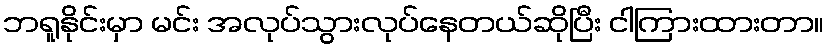
ဘရူနိုင်းမှာ မင်း အလုပ်သွားလုပ်နေတယ်ဆိုပြီး ငါကြားထားတာ။